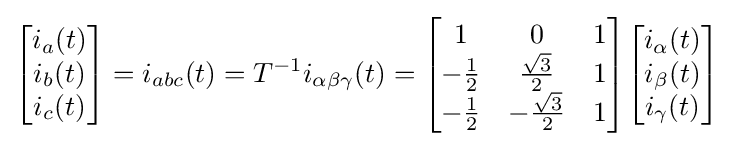
{\begin{bmatrix}i_{a}(t)\\i_{b}(t)\\i_{c}(t)\end{bmatrix}}=i_{abc}(t)=T^{-1}i_{\alpha \beta \gamma }(t)={\begin{bmatrix}1&0&1\\-{\frac {1}{2}}&{\frac {\sqrt {3}}{2}}&1\\-{\frac {1}{2}}&-{\frac {\sqrt {3}}{2}}&1\end{bmatrix}}{\begin{bmatrix}i_{\alpha }(t)\\i_{\beta }(t)\\i_{\gamma }(t)\end{bmatrix}}